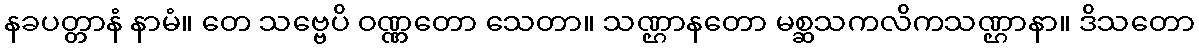
နခပတ္တာနံ နာမံ။ တေ သဗ္ဗေပိ ဝဏ္ဏတော သေတာ။ သဏ္ဌာနတော မစ္ဆသကလိကသဏ္ဌာနာ။ ဒိသတော